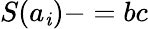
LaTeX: S(a_{\mathit{i}})-=bc